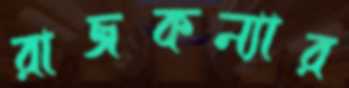
রাজকন্যার